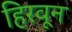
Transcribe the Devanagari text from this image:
हिरवून